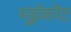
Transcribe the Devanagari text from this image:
भूईकोट